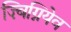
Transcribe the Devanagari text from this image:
ज़्बिग्नियेव